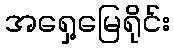
အရှေ့မြေရိုင်း